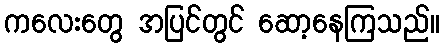
ကလေးတွေ အပြင်တွင် ဆော့နေကြသည်။